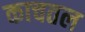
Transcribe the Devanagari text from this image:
काचतल